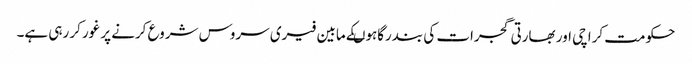
حکومت کراچی اور بھارتی گجرات کی بندرگاہوںکے مابین فیری سروس شروع کرنے پر غورکر رہی ہے۔